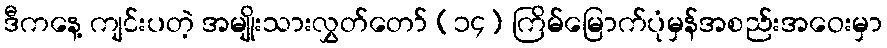
ဒီကနေ့ ကျင်းပတဲ့ အမျိုးသားလွှတ်တော် (၁၄) ကြိမ်မြောက်ပုံမှန်အစည်းအဝေးမှာ